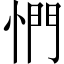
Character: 㥃